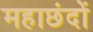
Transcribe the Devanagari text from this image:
महाछंदों